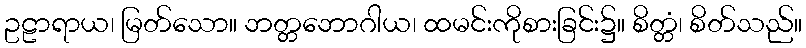
ဥဠာရာယ၊ မြတ်သော။ ဘတ္တဘောဂါယ၊ ထမင်းကိုစားခြင်း၌။ စိတ္တံ၊ စိတ်သည်။